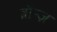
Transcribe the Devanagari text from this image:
ब्रॉन्ज़